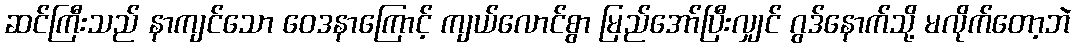
ဆင်ကြီးသည် နာကျင်သော ဝေဒနာကြောင့် ကျယ်လောင်စွာ မြည်အော်ပြီးလျှင် ဂွဒ်နောက်သို့ မလိုက်တော့ဘဲ